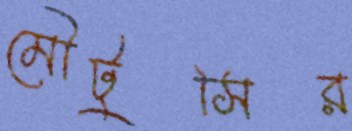
মৌটুসির